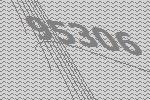
95306